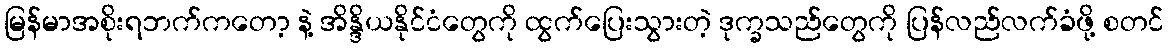
မြန်မာအစိုးရဘက်ကတော့ နဲ့ အိန္ဒိယနိုင်ငံတွေကို ထွက်ပြေးသွားတဲ့ ဒုက္ခသည်တွေကို ပြန်လည်လက်ခံဖို့ စတင်